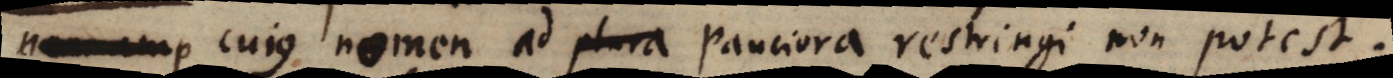
amp cujus nomen ad plura pauciora restringi non potest.